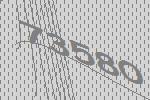
73580